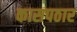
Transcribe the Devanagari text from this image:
कासपठार